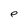
Character: e